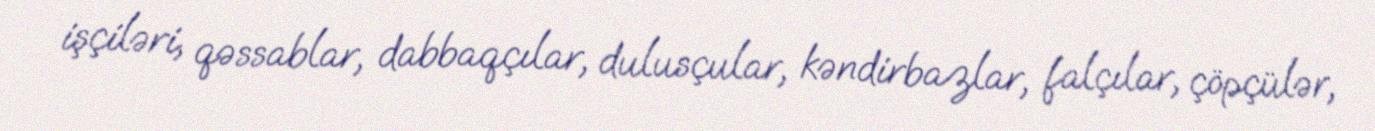
işçiləri, qəssablar, dabbaqçılar, dulusçular, kəndirbazlar, falçılar, çöpçülər,